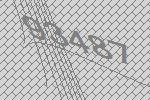
93487